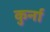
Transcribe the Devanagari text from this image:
कुर्ना